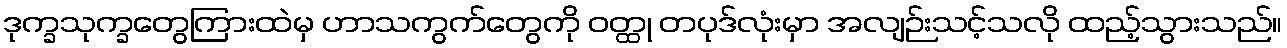
ဒုက္ခသုက္ခတွေကြားထဲမှ ဟာသကွက်တွေကို ဝတ္ထု တပုဒ်လုံးမှာ အလျဉ်းသင့်သလို ထည့်သွားသည်။